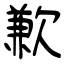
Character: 歉